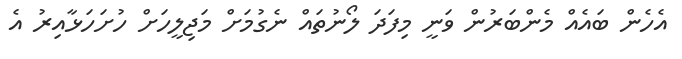
އެހެން ބައެއް މެންބަރުން ވަނީ މިފަދަ ލޯނުތައް ނެގުމަށް މަޖިލީހަށް ހުށަހަޅާއިރު އެ